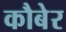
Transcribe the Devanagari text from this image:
कौबेर